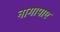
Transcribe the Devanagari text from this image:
नागापाए